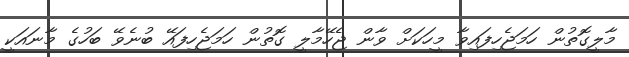
މާލީގޮތުން ހަމަޖެހިފައިވާ މީހަކަށް ވާން ޖެހޭމާލީ ގޮތުން ހަމަޖެހިފައޭ ބުނެވޭ ބަހުގެ މާނައަކީ